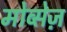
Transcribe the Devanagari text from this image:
मोव्सेज़